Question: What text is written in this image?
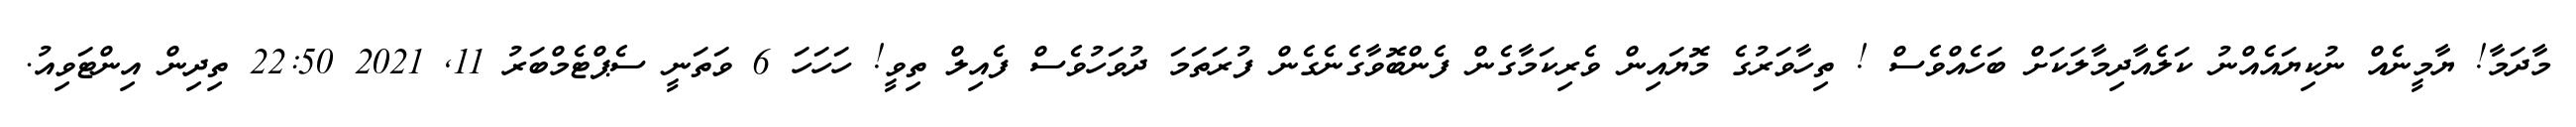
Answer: މާދަމާ! ޔާމީނެއް ނުކިޔައެއްނު ކަލެއާދިމާލަކަށް ބަހެއްވެސް ! ތިހާވަރުގެ މޮޔައިން ވެރިކަމާގެން ފެންބޮވާގެނެގެން ފުރަތަމަ ދުވަހުވެސް ފެއިލް ތިވީ! ހަހަހަ 6 ވަތަނީ ސެޕްޓެމްބަރު 11, 2021 22:50 ތިދިން އިންޓަވިއު.